Vaccination in the Punjab 1883-1896 - 1883-1896
Year: 1883
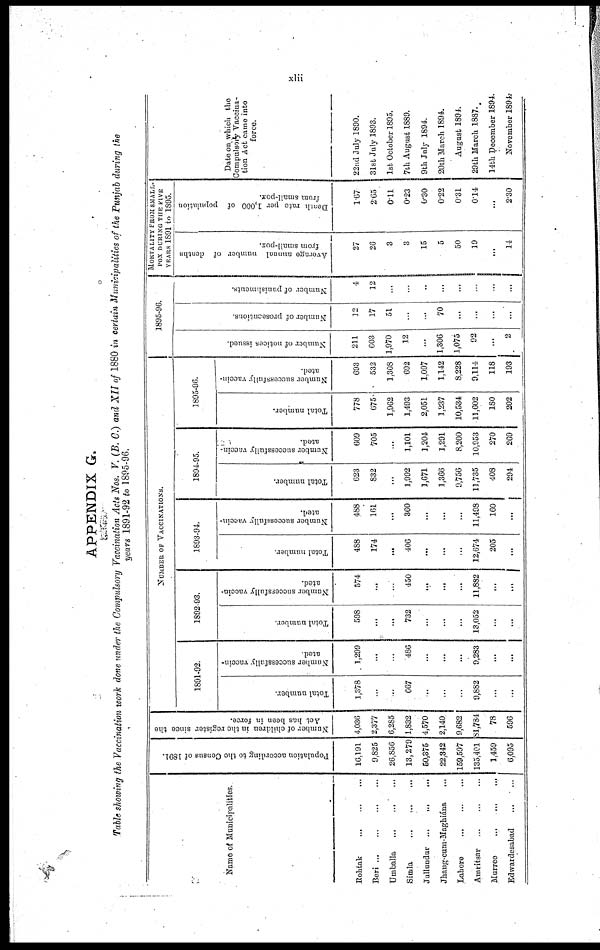
xlii
APPENDI X G.
Table showing the Vaccination work done under the Compulsory Vaccina
years 1891- 92 to 1895- 96.
Na me of Muni ci pal i t i es.
Roht ak ... ... ...
Ber i ... ... ... ...
Umbal l
a ... ... ...
Si ml a ... ... ...
Jul l
undur ... ... ...
J hang- cum- Maghi ána ...
Lahor e ... ... ...
Amr i
t
s ar ... ... ...
Mur r
ee ... ... ...
Edwar des abad ... ...
Popul at i on
accordi ng t o t he Census of 1891.
16, 191
9, 825
26, 856
13, 279
50, 375
22, 342
159, 597
135, 401
1, 459
6, 095
Number of chi l dren i n t he regi st er si nce t he
Act has been i n force.
4, 036
2, 377
6, 285
1, 832
4, 570
2, 140
9, 682
81, 784
78
596
NUMBER OF VACCI NATI ONS.
1891- 92.
Tot al number.
1, 378
. . .
...
667
. . .
...
. . .
9, 882
. . .
. . .
Number successful l y vacci n-
at ed.
1, 299
. . .
...
486
. . .
. . .
. . .
9, 283
. . .
. . .
1892- 93.
Tot al number.
598
. . .
. . .
732
. . .
. . .
. . .
13, 052
. . .
. . .
Number successful l y vacci n-
at ed.
574
. . .
...
450
. . .
. . .
. . .
11, 882
. . .
...
1893- 94.
Tot al number.
488
174
. . .
406
...
. . .
. . .
12, 674
205
. . .
Number successful l y vacci n-
at ed.
488
161
. . .
360
. . .
. . .
. . .
11, 498
160
. . .
1894- 95.
Tot al number.
623
832
. . .
1, 992
1, 671
1, 366
9, 756
11, 735
408
294
Number successful l y vacci n-
at ed.
609
705
. . .
1, 101
1, 204
1, 291
8, 200
10, 953
270
269
1895- 96.
Tot al number.
778
675
1, 962
1, 493
2, 051
1, 237
10, 534
11, 602
180
202
Number successful l y vacci n-
at ed.
693
532
1, 308
692
1, 097
1, 142
8, 228
9, 114
118
193
1895- 96.
Number of not i ces i ssued.
211
603
1, 970
12
. . .
1, 306
1, 075
92
. . .
2
Number of prosecut i ons.
12
17
51
. . .
. . .
70
. . .
. . .
. . .
. . .
Number of puni shment s.
4
12
...
...
...
. . .
. . .
...
. . .
...
MORTALITY F ROM S MALL-
--- DURING THE FI VE
YEARS 1891 t
o 1895.
Average annual number of deat hs
from smal l -pox.
27
26
3
3
15
5
50
...
...
...
Deat h rat e per 1, 000 of popul at i on
from smal l -pox.
1. 67
2. 65
0. 11
0. 23
0. 30
0. 22
0. 31
0. 14
. . .
2. 30
Dat e on whi ch t he
Compul s or y Vacci na-
t i on Act c a me i nt o
f or ce.
22nd Jul y 1890.
31s t Jul y 1893.
1st Oct ober 1895.
7t h Augus t 1889.
9t h Jul y 1894.
20t h Ma r
c h 1894.
Augus t 1894.
29t h Ma r
c h 1887.
14t h De c e mbe r 1894.
Nove mbe r 1894.